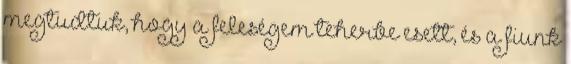
megtudtuk, hogy a feleségem teherbe esett, és a fiunk